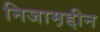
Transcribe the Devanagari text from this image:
निजाम़द्दीन